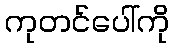
ကုတင်ပေါ်ကို